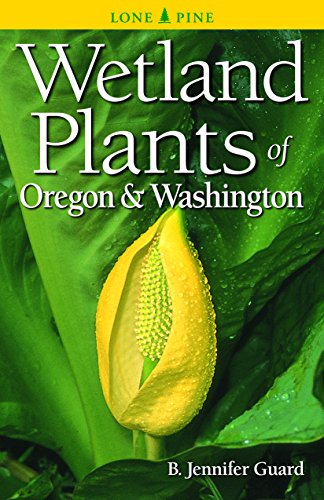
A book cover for Wetland Plants of Oregon and Washington; Jennifer Guard; Science & Math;